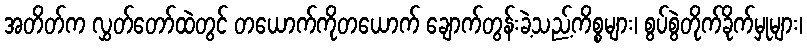
အတိတ်က လွှတ်တော်ထဲတွင် တယောက်ကိုတယောက် ချောက်တွန်းခဲ့သည့်ကိစ္စများ၊ စွပ်စွဲတိုက်ခိုက်မှုများ၊